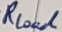
Text: RLoul